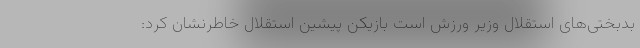
بدبختی‌های استقلال وزیر ورزش است بازیکن پیشین استقلال خاطرنشان کرد: